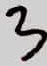
Text: 3